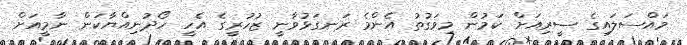
މައްސަލައިގެ ސީރިއަށް ކަމުން މިވަގުތު އެންމެ ރަނގަޅުވާނީ ޒުހުރީގެ އެހީ ހޯދުނިއްޔާކަން ނާމީއަށް